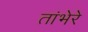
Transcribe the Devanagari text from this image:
तांभेरे